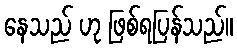
နေသည် ဟု ဖြစ်ရပြန်သည်။